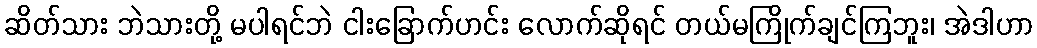
ဆိတ်သား ဘဲသားတို့ မပါရင်ဘဲ ငါးခြောက်ဟင်း လောက်ဆိုရင် တယ်မကြိုက်ချင်ကြဘူး၊ အဲဒါဟာ